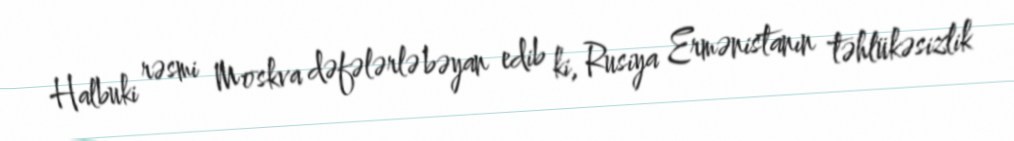
Halbuki rəsmi Moskva dəfələrlə bəyan edib ki, Rusiya Ermənistanın təhlükəsizlik